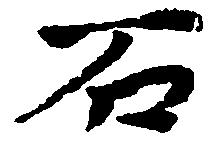
石